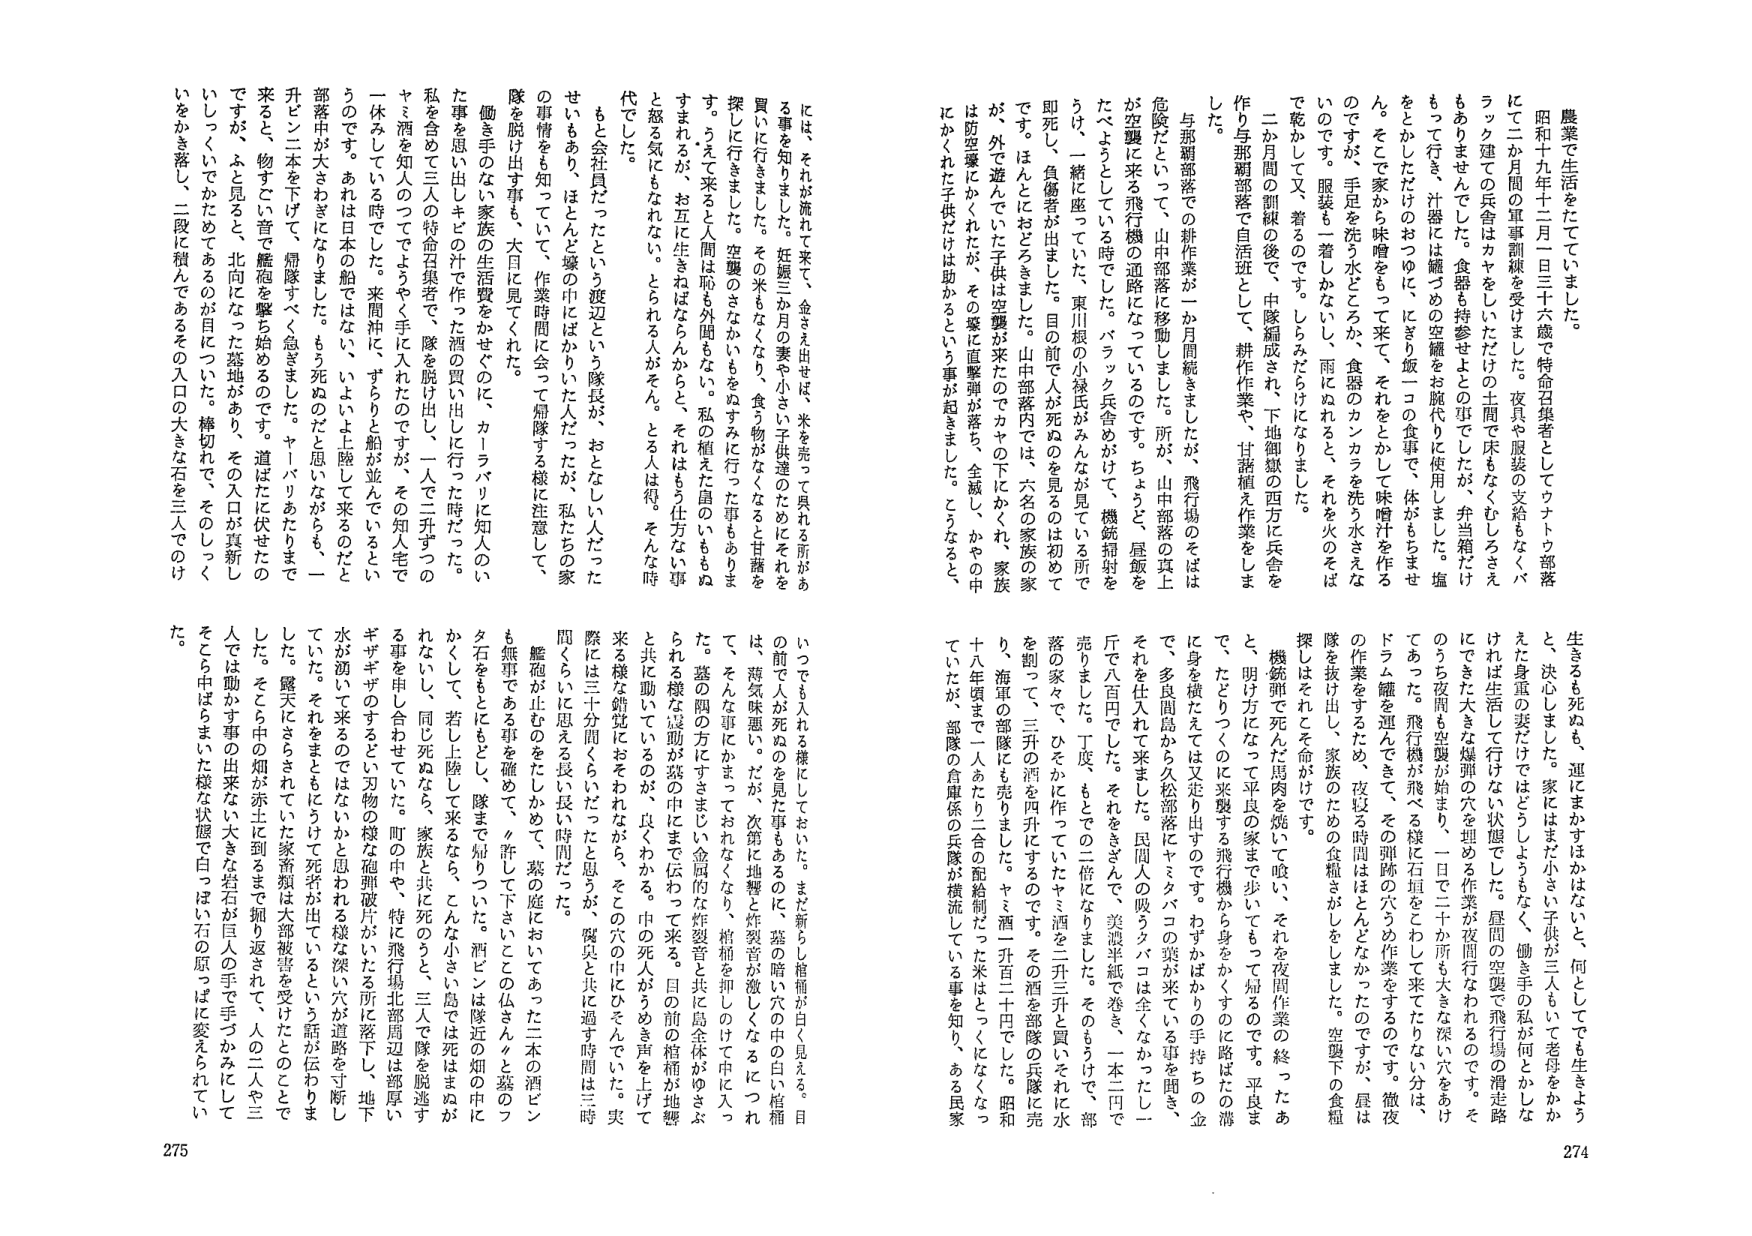
農業で生活をたてていました。
昭和十九年十二月一日三十六歳で特命召集者としてウナトウ部落
にて二か月間の軍事訓練を受けました。夜具や服装の支給もなく、パ
ラック建ての兵舎はカヤをしいただけの土間で床もなくむしろさえ
もありませんでした。食器も持参せよとの事でしたが、弁当箱だけ
もって行き、汁器には鑵づめの空罐をお金代りに使用しました。塩
をしかただけのおつゆに、にぎり飯一コの食事で、体がもちませ
ん。そこで家から味噌をもって来て、それをとかして味噌汁を作る
のですが、手足を洗う水どころか、食器のカンカラを洗う水さえな
いのです。服装も一着しかないし、雨にぬれると、それを火のそば
で乾かして又、着るのです。しらみだらけになりました。
二か月間の訓練の後で、中隊編成され、下地御獄の西方に兵舎を
作り与那覇部落で自活班として、耕作作業や、甘藷植え作業をしま
した。
与那覇部落での耕作業が一か月間続きましたが、飛行場のそばは
危険だといって、山中部落に移動しました。所が、山中部落の真上
が空襲に来る飛行機の通路になっているのです。ちょうど、昼飯を
たべようとしている時でした。パラック兵舎めがけて、機銃掃射を
うけ、一緒に座っていた、東川根の小桜氏がみんなが見ている所で
即死し、負傷者が出ました。目の前で人が死ぬのを見るのは初めて
です。ほんとにおどろきました。山中部落内では、六名の家族の家
が、外で遊んでいた子供は空襲が来たのでカヤの下にかくれ、家族
は防空壕にかくれたが、その壕に直撃弾が落ち、全滅し、かやの中
にかくれた子供だけは助かるという事が起きました。こうなると、
生きるも死ぬも、運にまかすほかはないと、何としてでも生きよう
と、決心しました。家にはまだ小さい子供が三人いて老母をかか
えた身重の妻だけではどうしようもなく、働き手の私が何とかしな
ければ生活して行けない状態でした。昼間の空襲で飛行場の滑走路
にできた大きな爆弾の穴を埋める作業が夜間行なわれるのです。そ
のうち夜間も空襲が始まり、一日で二十か所も大きな深い穴をあけ
てあった。飛行機が飛べる様に石垣をこわして来てたりない分は、
ドラム罐を運んできて、その弾跡の穴うめ作業をするのです。徹夜
の作業をするため、夜はる時間はほとんどなかったのですが、昼は
隊を抜け出し、家族のための食糧さがしをしました。空襲下の食糧
探しはそれこそ命がけです。
機銃弾で死んだ馬肉を焼いて喰い、それを夜間作業の終了たあ
と、明け方になって平良の家まで歩いてもって帰るのです。平良ま
で、たどりつくのに来襲する飛行機から身をかくすのに路ばたの溝
に身を横たえては又走り出すのです。わずかばかりの手持ちの金
で、多良間島から久松部落にヤミタバコの葉が来ている事を聞き、
それを仕入れて来ました。民間人が吸うタバコは全くなかったし一
斤で八百円でした。それをきざんで、美濃半紙で巻き、一本二円で
売りました。丁度、もとでこの二倍にした。そのもうけで、部落の家々で、ひそかに作っていたヤミ酒を二升三升と買いそれに水
を割って、三升の酒を四升にするのです。その酒を部隊の兵隊に売
り、海軍の部隊にも売りました。ヤミ酒一升百二十円でした。昭和
十八年頃まで一人あたり二合の配給制だった米はとっくになくなっ
ていたが、部隊の食事係の兵隊が横流している事を知り、ある民家
には、それが流れて来て、金さえ出せば、米を売って見れる所があ
る事を知りました。妊娠三か月の妻や小さい子供達のためにそれを
買いに行きました。その米もなくなり、食べ物がなくなると甘藷を
探しに行きました。空襲のさなをぬぬすみに行ったりもあらゆ
す。うえに来ると人間は恥も外聞もない。私の植えた畠のいももぬ
すまれるが、お互に生きねばならんからと、それはもう仕方ない事
と怒る気にもなれない。とられる人がそん。とる人は得。そんな時
代でした。
もと会社員だったという渡辺という隊長が、おとなしい人だった
せいか、あら、ほとんど壕の中にはかわいた人だったが、私たちの家
の事情をよく知っていて、作業時間に会って帰隊する様に注意して、
隊を脱け出す事も、大目に見てくれた。
働き手のない家族の生活費をかせぐのに、カーラバリに知人のい
た事を思い出しキビの汁で作った酒の買い出しに行った時だった。
私を含めて三人の特命召集者で、隊を脱け出し、一人で二升ずつの
ヤミ酒を知人のつてでようやく手に入れたのですが、その知人宅で
一体みしている時でした。来間沖に、ずらりと船が並んでいるとい
うのです。あれば日本の船ではない、いよいよ上陸して来るのだっ
部落中が大おきねはなりた。もう死ぬのだと思わねながらも、一
升と二本を下げて、帰隊すべく急ぎました。ヤーバリからも、
来ると、物すごい音で艦砲を撃ち始めるのです。道はたに伏せたの
ですが、ふと見ると、北向になった墓地があり、その入口が真新し
いしつくいでかためてあるのが目についた。棒切れで、そのしっく
いをかき落とし二段に積んであるその入口の大きな石を二人でのけ
た。
いつでも入れる様にしておいた。まだ新らし棺桶が白く見える。目
の前で人が死ぬのを見た事もあるのに、墓の暗い穴の中の白い棺桶
は、薄気味悪い。だが、次第に地響と炸裂音が激しくなるにつれ
て、そんな事にかまつておれなくなり、棺桶を押して中に入っ
た。墓の両の方にすさまじい金属的な炸裂音と共に島全体がゆさぶ
られる様な遠動が窓の中にまで伝って来る。目の前の棺桶が地響
と共に動いているのが、良くわかる。中の死人がうめき声を上げて
来る様な錯覚におそわれながら、そこの穴の中にひそんでいた。実
際には三十分間くらいだったと思うが、腐臭と共に過す時間は三時
間くらいに思える長い長い時間だった。
艦砲が止むのをたしかめて、墓の庭においてあった二本の酒ビン
も無事である事を確かめて、『許して下さい』ことの仏さんと墓のフ
タ石をもとにもどし、隊まで帰っていった。酒には隊近の畑の中に
かくして、若し上陸して来るなら、こんな小さい島では死ぬのが
れないし、同じ死ぬなら、家族と共に死のうと、三人で隊を脱逃す
る事を申し合わせていた。町の中や、特に飛行場北部周辺は厚い
ギザギザのするどい刃物の様な砲弾破片がいたる所に落下し、地下
水が湧いて来るのではないかと思われる様な深い穴が道路を寸断し
ていた。それをまともにうけて死者が出ているという話が伝わりま
した。露天にさらされたに家畜類は大部被害を受けたとのことであ
した。そこの中の畑が赤土に到るまで掘り返されて、人の二や三
人では動かす事の出来ない大きな岩石が巨人の手で手つかみにして
そこら中はらまいた様な状態で白っぽい石の原っぱに変えられてい
た。

274
275